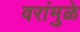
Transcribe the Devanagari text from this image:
वरांमुळे